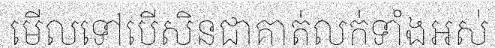
មើលទៅបើសិនជាគាត់លក់ទាំងអស់